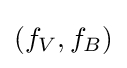
(f_{V},f_{B})